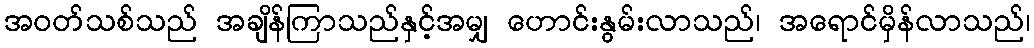
အဝတ်သစ်သည် အချိန်ကြာသည်နှင့်အမျှ ဟောင်းနွမ်းလာသည်၊ အရောင်မှိန်လာသည်၊